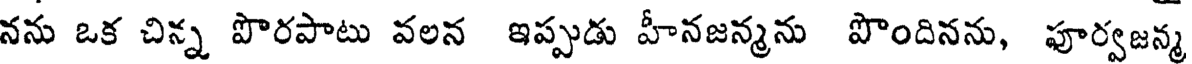
నను ఒక చిన్న పొరపాటు వలన ఇప్పుడు హీనజన్మను పొందినను, పూర్వజన్మ